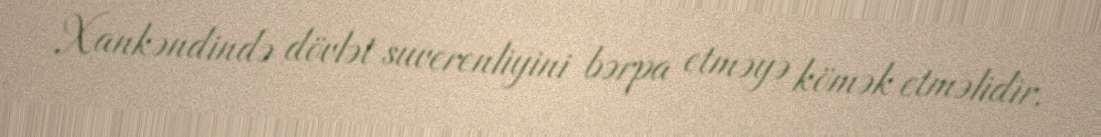
Xankəndində dövlət suverenliyini bərpa etməyə kömək etməlidir.